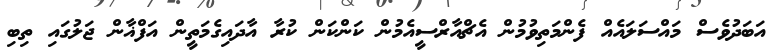
އަބަދުވެސް މައްސަލައެއް ފެންމަތިވުމުން އެޗްއާރްސީއެމުން ކަންކަން ކުރާ އާދައިގެމަތީން އަފްޣާން ޖަލުގައި ތިބި